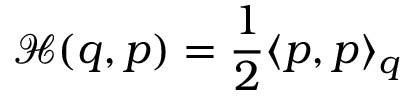
{ \mathcal { H } } ( q , p ) = { \frac { 1 } { 2 } } \langle p , p \rangle _ { q }